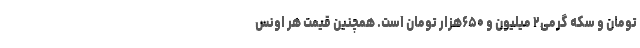
تومان و سکه گرمی۲ میلیون و ۶۵۰هزار تومان است. همچنین قیمت هر اونس